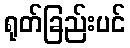
ရုတ်ခြည်းပင်